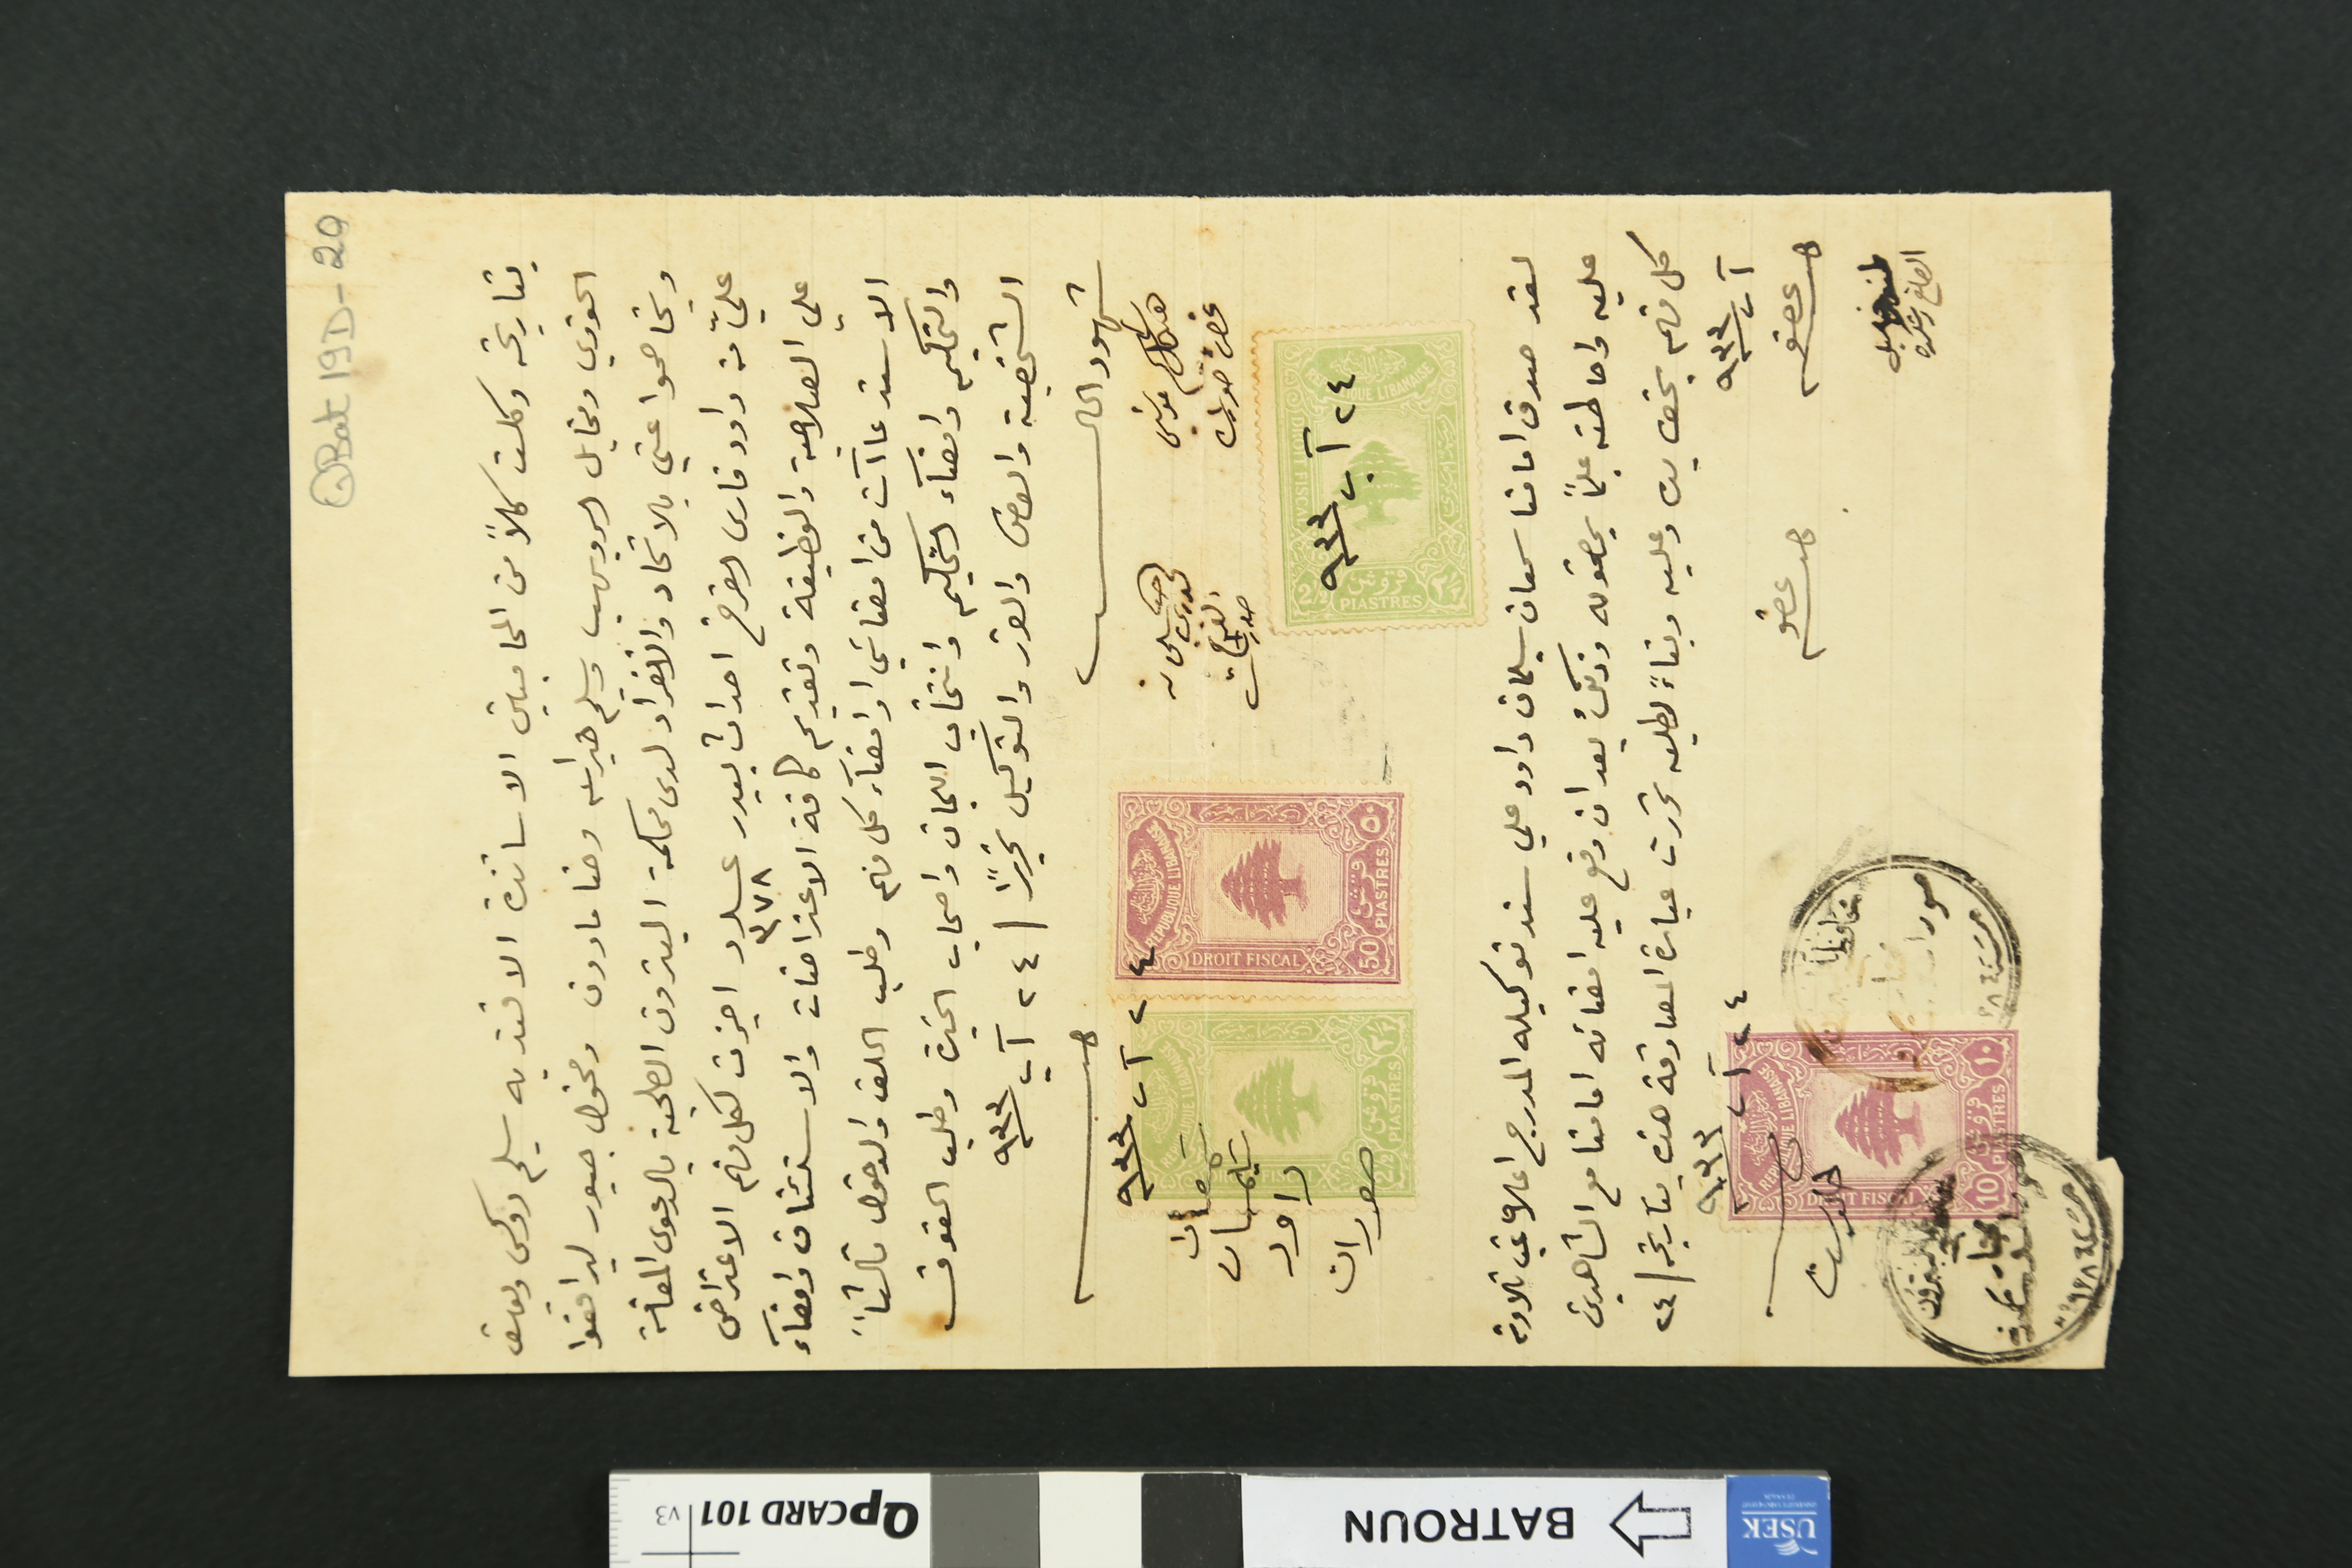
QBat19D-20
بتاريخه وكلت كلاً من المحاميين الاساتذة الافنديه سليم روكس ويوسف
الخوري ومخايل الرويهب وسليم خيرالله وحنا مارون ومخول جبور ليرافعوا
ويخاصموا عني بالاتحاد والانفراد لدى محكمة البترون الصلحية بالدعوى المقامة
عليّ من داود فارس الفرخ احداث بيدر عدد ٣٧٨ اجزت لكل منهم الاعتراض
على الصلاحية والوظيفة وتقديم كافة الاعتراضات والاستئناف وامضآء
الاستدعاآت من امضائي اوامضآء كل منهم وطلب الملف والدخول ثالثاً
والتحكيم وامضآء التحكيم وانتخاب اللجان واصحاب الخبرة وطلب الحقوق
الشخصية والفصل والقرر والتوكيل تحريراً / ٢٤ آب سنة ٩٣٣
شهود الحال
هيكل سليم  موسَي غصن صورات
حنا الخوري سليمان الفرخ صورات
٢٤ آب سنة ٩٣٣
سَمعان سَليمان داود صورات
٢٤ آب سنة ٩٣٣
لقد صدق امامنا سمعان سليمان داود علي سند توكيله المدرج اعلاه غب تلاوته
عليه واحاطته عليماً بمضمونه وذلك بعد ان وقع عليه امضائه امامنا مع الشاهدين
كل منهم بحق يده وعليه وبناءً لطلبه تحررت عبارة المصادقة هذه بتاريخه / ٢٤
آب سنة ٩٣٣
عضو طنوس خليل الصايغ رشكده
عضو
٢٤ آب سنة ٩٣٣	خالد سنا
معاملة البترون مختار صورات رشكده سنة ١٩٢٨